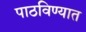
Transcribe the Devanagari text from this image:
पाठविण्‍यात